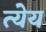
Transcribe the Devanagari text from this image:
त्येय